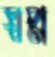
স্বপ্ন